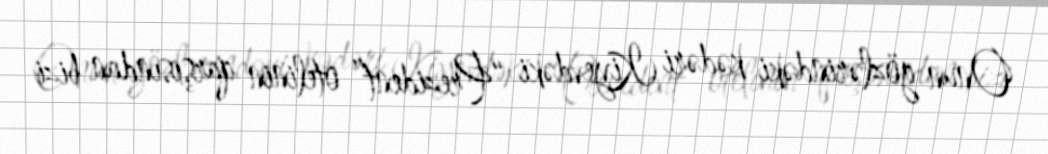
Onun gözlərindəki kədəri Kiyevdəki “Prezident” otelinin qarşısından bizi